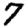
Digit: 7